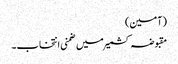
(آمین)
مقبوضہ کشمیر میں ضمنی انتخاب۔